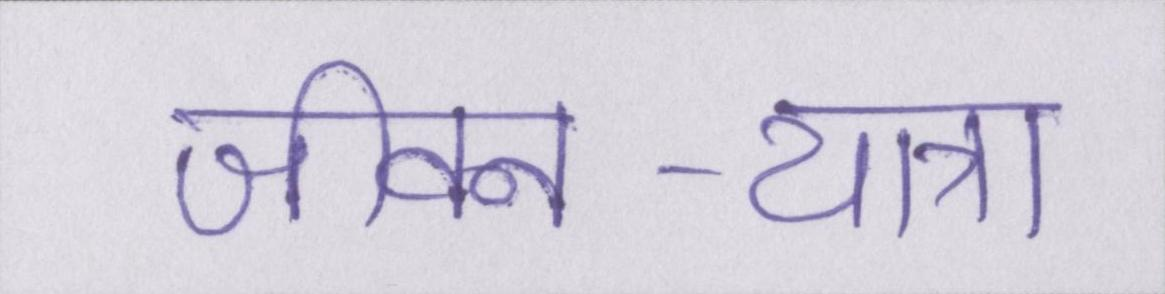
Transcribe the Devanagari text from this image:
जीवन-यात्रा